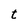
Character: t